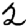
Digit: 2